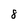
Character: 8